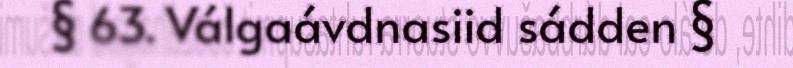
§ 63. Válgaávdnasiid sádden §